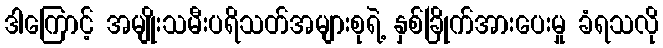
ဒါကြောင့် အမျိုးသမီးပရိသတ်အများစုရဲ့ နှစ်ခြိုက်အားပေးမှု ခံရသလို